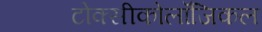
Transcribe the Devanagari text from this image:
टोक्सीकोलॉजिकल